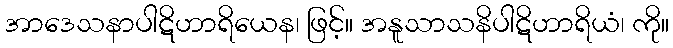
အာဒေသနာပါဋိဟာရိယေန၊ ဖြင့်။ အနူသာသနိပါဋိဟာရိယံ၊ ကို။